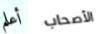
أعلم الأصحاب